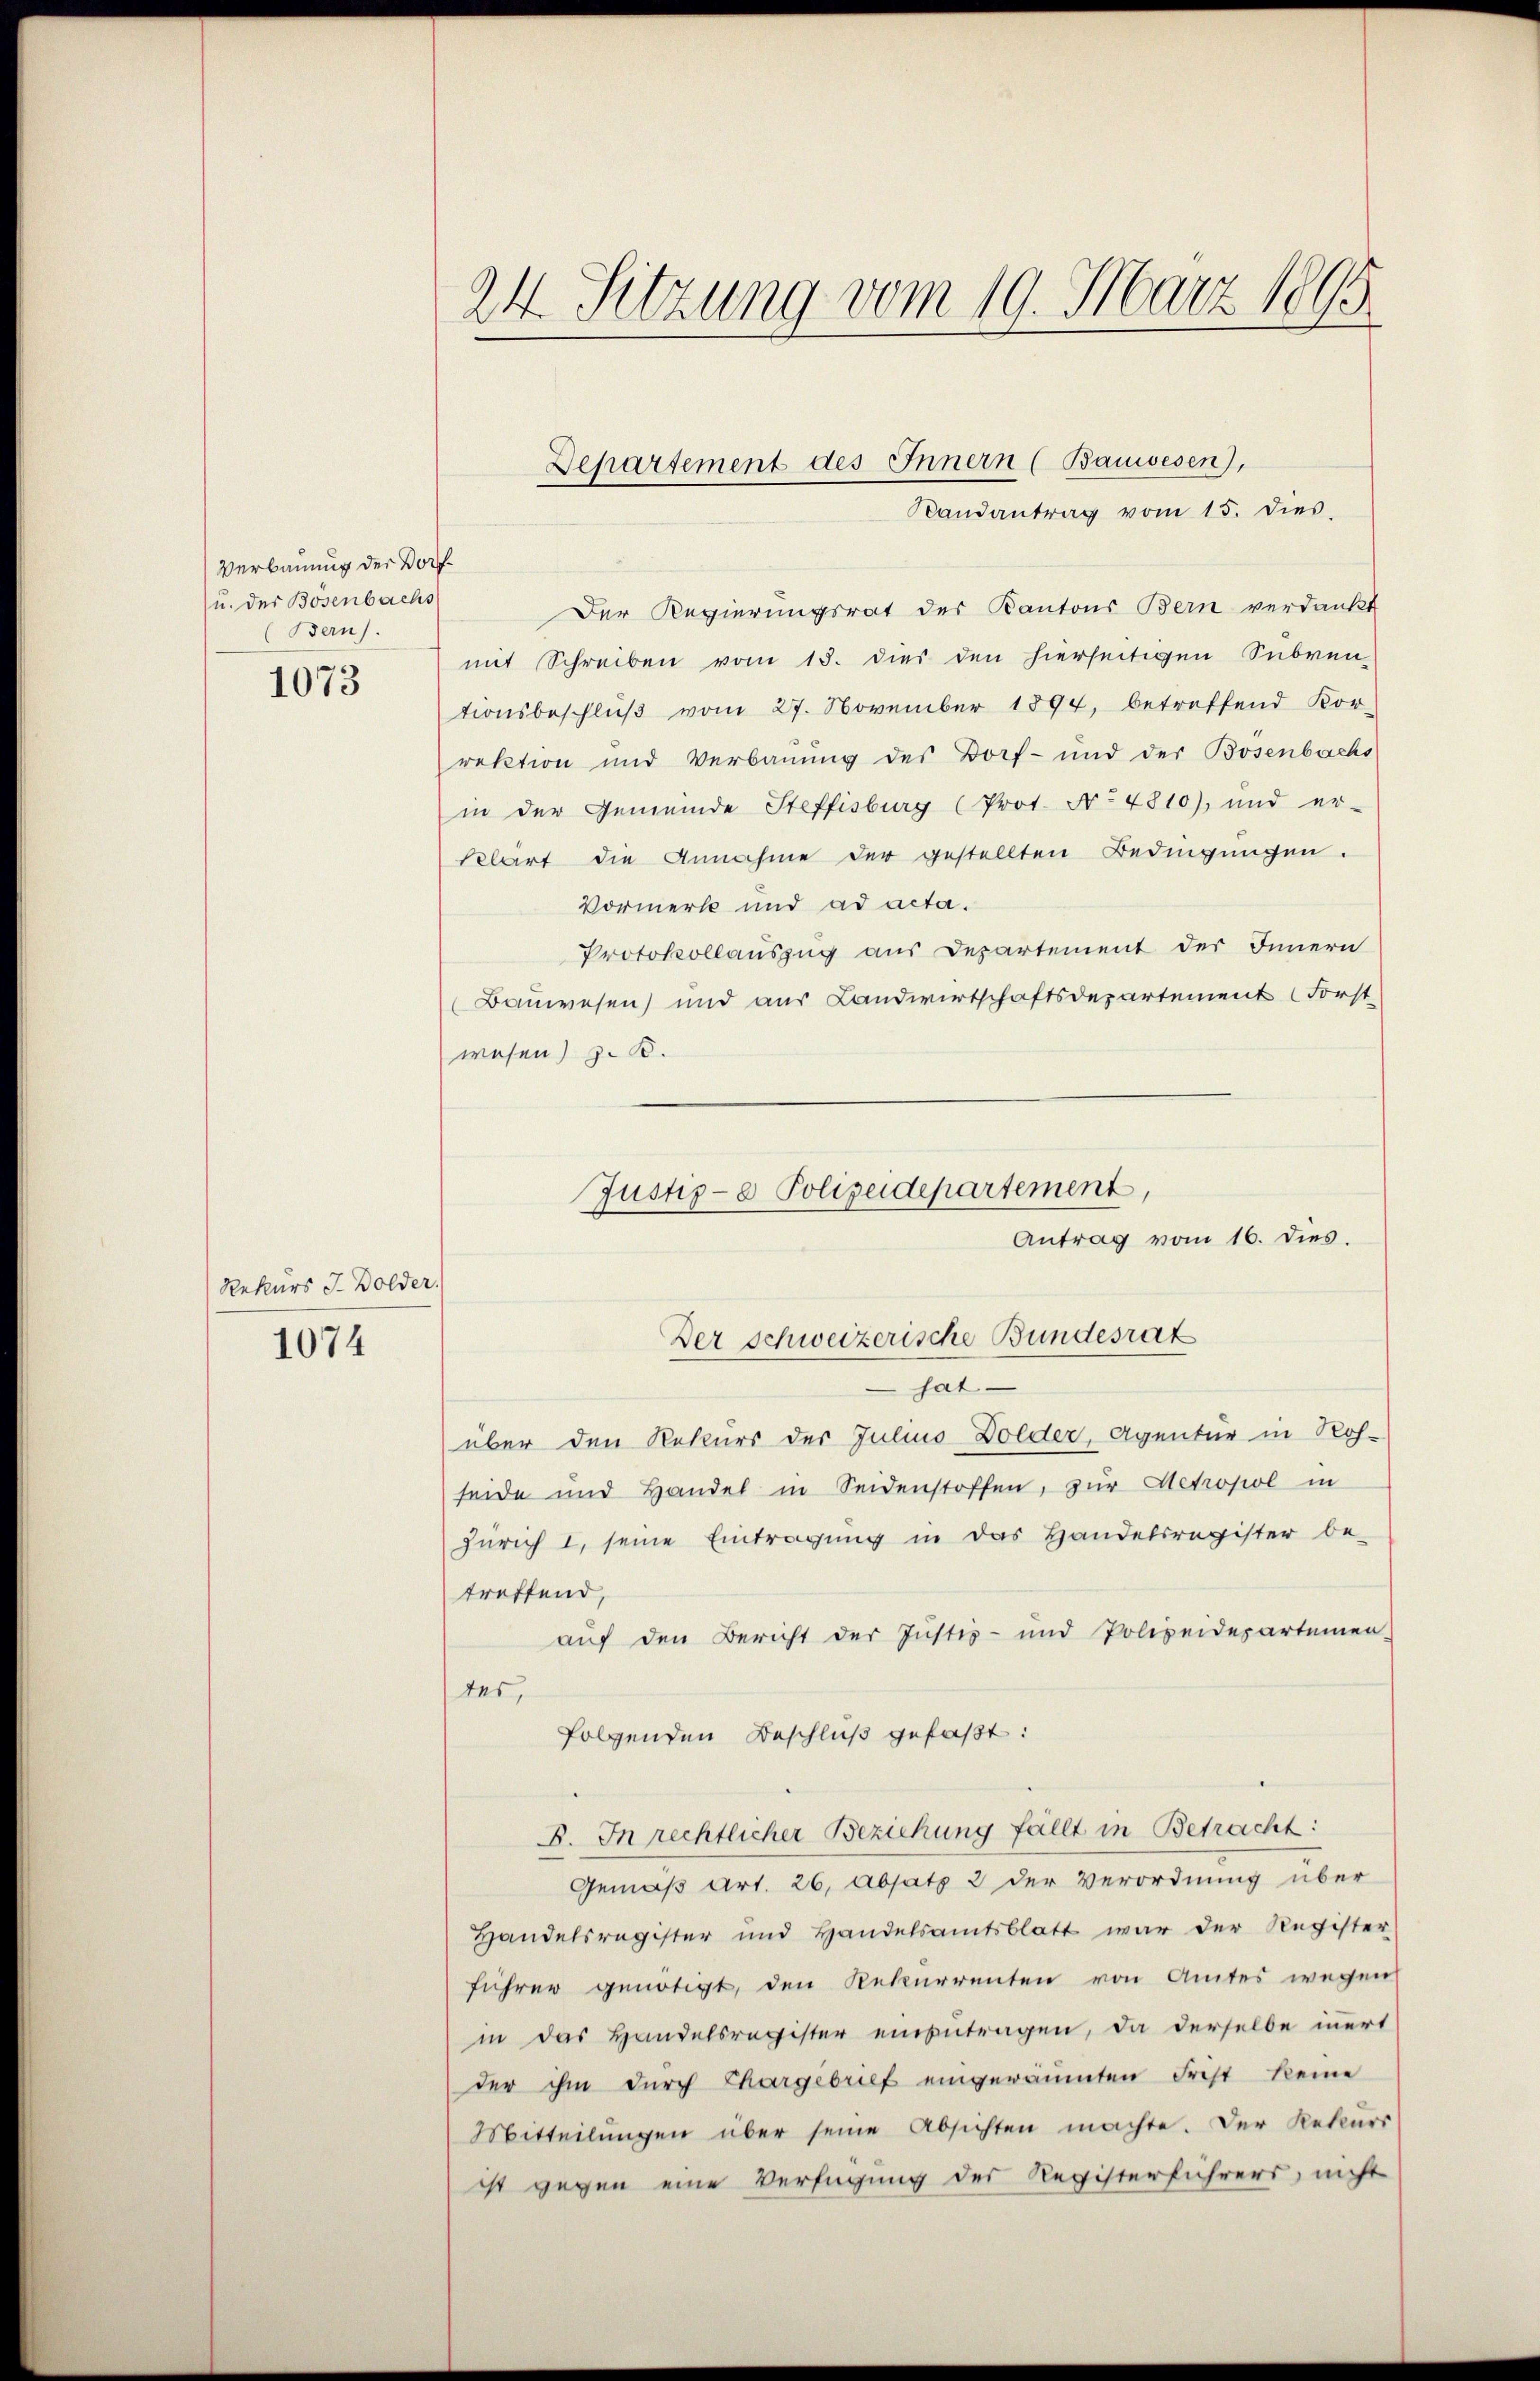
Verbauung der Dorf¬
u. der Bösenbachs
(Bern).

1073

Rekurs J. Bolder.

1074

Der Regierungsrat des Kantons Bern verdankt
mit Schreiben vom 15. dies den hierseitigen Subven-
tionsbeschluß vom 27. November 1894, betreffend Kor-
rektion und Verbauung des Dorf- und der Bosenbachs
in der Gemeinde Steffisburg (Prot. No 4810), und er-
kelart die Annahme der gestellten Bedingungen.
Vormerk und ad acta.
Protokollauszug aus Departement der Innern
Bauwesen) und aus Landwirtschaftsdepartement Forst
wesen) z. B.

24. Sitzung vom 19. März 1895

Departement des Innern (Bauwesen),
Randantrag vom 15. dies

hat
über den Rekurs der Julius Dolder, Agentur in Roh-
seide und Handel in Seidenstoffen, zur Metropol in
Zürich I, seine Eintragung in das Handelsregister be-
treffend,
auf den Bericht der Justiz- und Polizeidepartemen-
des,
folgenden Beschluß gefaßt:
8. In rechtlicher Beziehung fällt in Betracht:
Gemäß Art. 26. Absatz 2 der Verordnung über
Handelsregister und Handelsamtsblatt war der Register
führer genötigt, den Rekurrenten von Amtes wegen
in das Handelsregister einzutragen, da derselbe innert
der ihm durch Chargebrief eingeräumten Frist keine
Mitteilŭngen über seine Absichten machte. Der Rekurs
ist gegen eine Verfügung der Registerführers, nicht

Justiz- & Polizeidepartement,
Antrag vom 16. dies.
Der Schweizerische Bundesrat